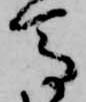
馬